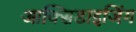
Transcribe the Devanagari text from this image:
आक्सिडाइजिंग